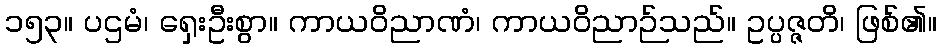
၁၅၃။ ပဌမံ၊ ရှေးဦးစွာ။ ကာယဝိညာဏံ၊ ကာယဝိညာဉ်သည်။ ဥပ္ပဇ္ဇတိ၊ ဖြစ်၏။